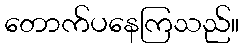
တောက်ပနေကြသည်။